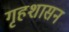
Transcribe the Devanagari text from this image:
गृहशासन